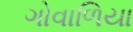
ગોવાળિયા